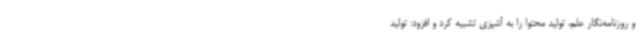
و روزنامه‌نگار علم، تولید محتوا را به آشپزی تشبیه کرد و افزود: تولید